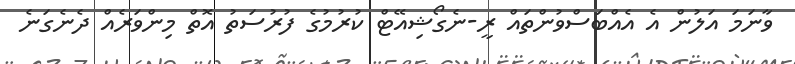
ވާނަމަ އަލުން އެ އެއްބަސްވުންތައް ރީ-ނެގޯޝިއޭޓް ކުރުމުގެ ފުރުސަތު އޮތް މިންވަރެއް ދެނެގަނެ